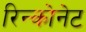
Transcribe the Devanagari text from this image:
रिन्कोनेट